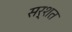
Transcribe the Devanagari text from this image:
सर्शत